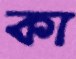
কা